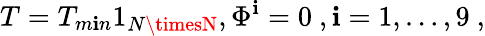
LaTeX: T=T_{m\mathbf{i}n}1_{N\timesN},\Phi^{\mathbf{i}}=0\ ,\mathbf{i}=1,\dots,9\ ,